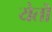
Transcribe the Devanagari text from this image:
येतॊ